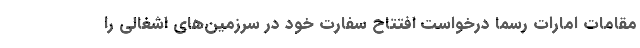
مقامات امارات رسما درخواست افتتاح سفارت خود در سرزمین‌های اشغالی را